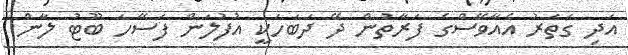
އަދި ގަތަރު އެއާވޭސްގެ ފަރާތުން ދޭ ދަބަހަކީ އުފުލަން ފަސޭހަ ބޫޓު ލާން